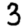
Digit: 3